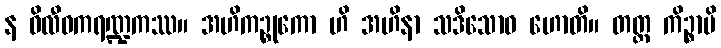
န ဝိလီဝကရဏ္ဍကဿ။ အဟိကဉ္စုကော ဟိ အဟိနာ သဒိသောဝ ဟောတိ။ တတ္ထ ကိဉ္စာပိ